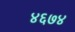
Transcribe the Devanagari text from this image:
४६७४